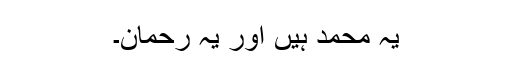
یہ محمدؐ ہیں اور یہ رحمان۔